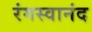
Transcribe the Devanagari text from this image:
रंगस्वानंद